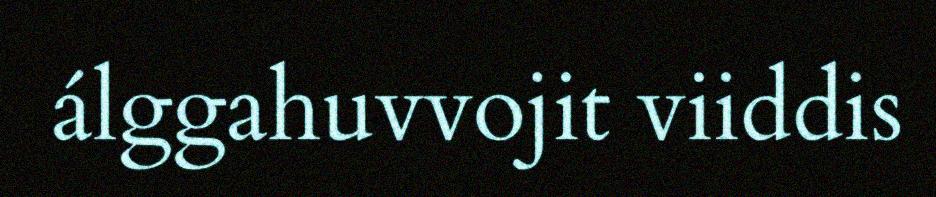
álggahuvvojit viiddis